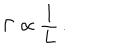
\Gamma \propto \frac { 1 } { L } \, .